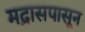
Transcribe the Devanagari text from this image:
मद्रासपासून